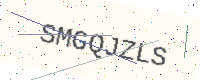
Text: SMGQJZLS